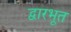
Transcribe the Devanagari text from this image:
द्वारभूत